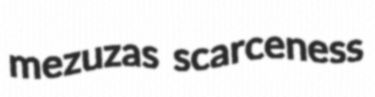
mezuzas scarceness